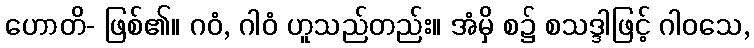
ဟောတိ- ဖြစ်၏။ ဂဝံ, ဂါဝံ ဟူသည်တည်း။ အံမှိ စ၌ စသဒ္ဒါဖြင့် ဂါဝသေ,